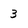
Character: 3